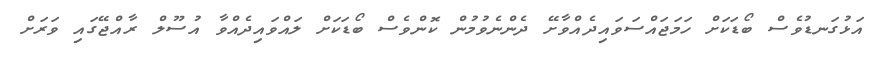
އަޅުގަނޑުވެސް ބޯޑަކަށް ހަމަޖައްސަވައިދެއްވާށޭ ދެންނެވުމުން ކޮންވެސް ބޯޑަކަށް ލައްވައިދެއްވާ އުސޫލް ރާއްޖޭގައި ވަރަށް